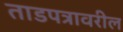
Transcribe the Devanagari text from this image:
ताडपत्रावरील